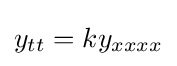
y_{tt}=ky_{xxxx}